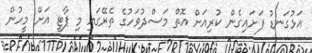
އަޅުގަނޑު ފަށައިގެން ކުރިއަށް އޮތް މަސްދުވަހުގެ ތެރޭގައި މި ޕާޓީ އަށް މީހުން